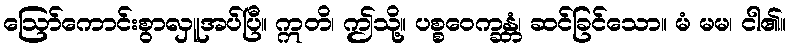
ဩော်ကောင်းစွာလှူအပ်ပြီ။ ဣတိ၊ ဤသို့။ ပစ္စဝေက္ခန္တံ၊ ဆင်ခြင်သော။ မံ မမ၊ ငါ၏။